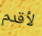
لأقدم